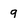
Character: 9